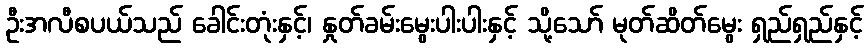
ဦးအလီစပယ်သည် ခေါင်းတုံးနှင့်၊ နှုတ်ခမ်းမွေးပါးပါးနှင့် သို့သော် မုတ်ဆိတ်မွေး ရှည်ရှည်နှင့်